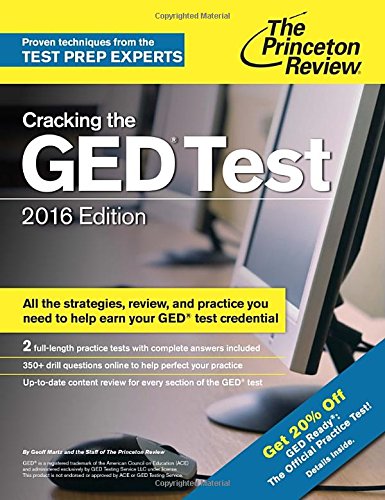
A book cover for Cracking the GED Test with 2 Practice Exams, 2016 Edition (College Test Preparation); Princeton Review; Test Preparation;